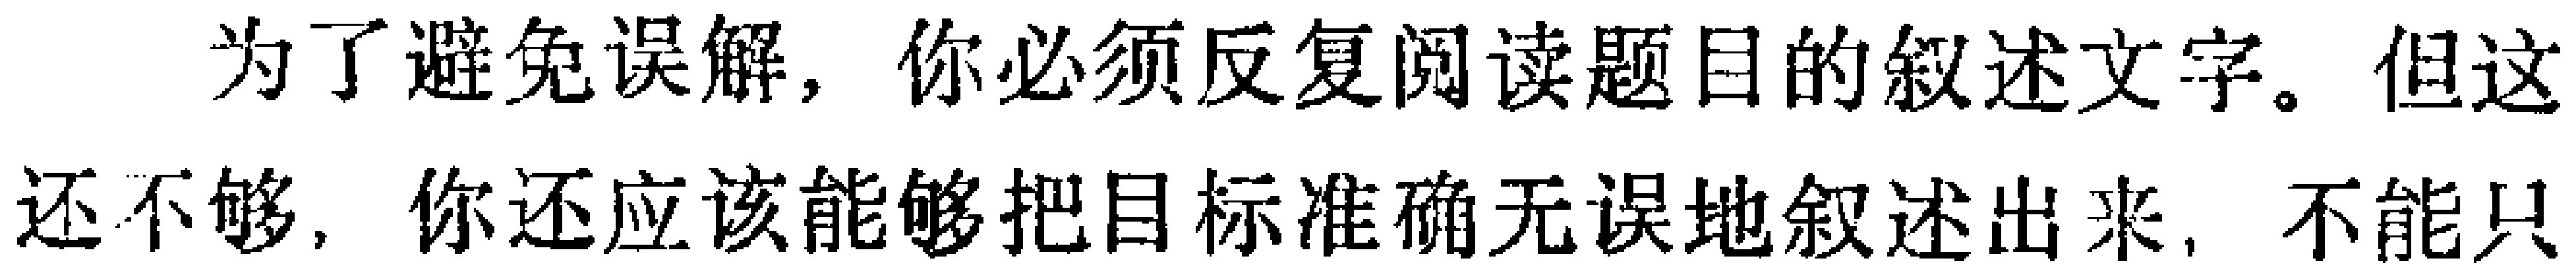
为了避免误解，你必须反复阅读题目的叙述文字。但这还不够，你还应该能够把目标准确无误地叙述出来，不能只